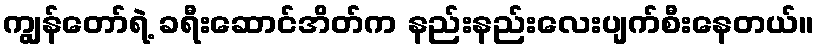
ကျွန်တော်ရဲ့ ခရီးဆောင်အိတ်က နည်းနည်းလေးပျက်စီးနေတယ်။